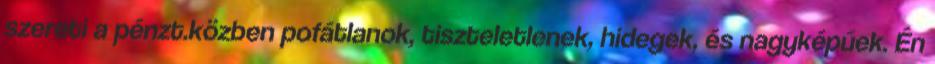
szereti a pénzt.közben pofátlanok, tiszteletlenek, hidegek, és nagyképűek. Én